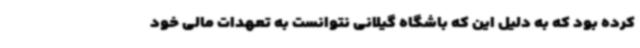
کرده بود که به دلیل این که باشگاه گیلانی نتوانست به تعهدات مالی خود